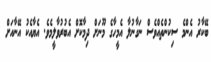
ބޭކާރު އެންމެ ސިކުންތެއްވެސް ނަގާނުލާ އެމީހާގެ މޫނަށް ދިމާކޮށް އެބުރުވާލީމެވެ. އެޔާއެކު އޭނާއަށް